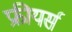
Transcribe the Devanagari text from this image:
फ्रीयर्स